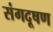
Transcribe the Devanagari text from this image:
संगदूषण